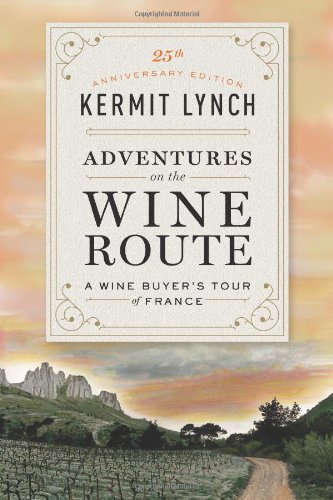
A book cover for Adventures on the Wine Route: A Wine Buyer's Tour of France; Kermit Lynch; Cookbooks, Food & Wine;